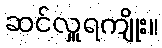
ဆင်လှူရကျိုး။